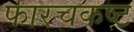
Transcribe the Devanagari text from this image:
फारचकष्ट